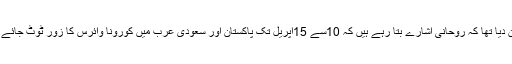
یہ سوال میں نے پاکستان کے معروف صوفیا سے کیا جبکہ 29مارچ کو میں نے بزرگوں کے اشارے پر بیان دیا تھا کہ روحانی اشارے بتا رہے ہیں کہ 10سے 15اپریل تک پاکستان اور سعودی عرب میں کورونا وائرس کا زور ٹوٹ جائے گا، عوام کو چاہئے کہ سماجی دوری کو مضبوطی سے تھام لیں تاکہ وبا سے زیادہ سے زیادہ لوگ بچ جائیں۔